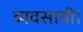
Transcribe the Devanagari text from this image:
व्यवसायी।